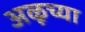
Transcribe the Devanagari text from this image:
अळूच्या